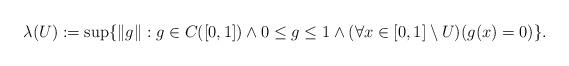
LaTeX: \begin{align*}\lambda(U):=\sup\{\|g\|: g\in C([0,1]) \wedge 0\leq g\leq1 \wedge (\forall x\in [0,1]\setminus U)(g(x)=0) \}.\end{align*}